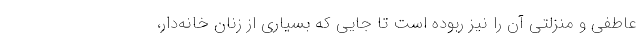
عاطفی و منزلتی آن را نیز ربوده است تا جایی که بسیاری از زنان خانه‌دار،